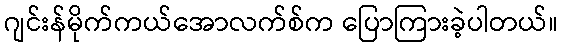
ဂျင်းန်မိုက်ကယ်အောလက်စ်က ပြောကြားခဲ့ပါတယ်။